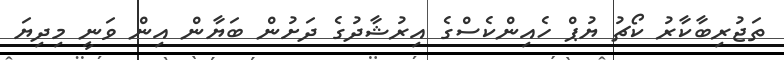
ތަޖުރިބާކާރު ކޯޗު ޔުޕް ހެއިންކެސްގެ އިރުޝާދުގެ ދަށުން ބަޔާން އިން ވަނީ މިދިޔަ